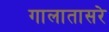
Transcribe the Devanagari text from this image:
गालातासरे